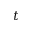
t